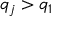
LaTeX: q _ { j } > q _ { 1 }